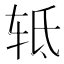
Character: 𰺀